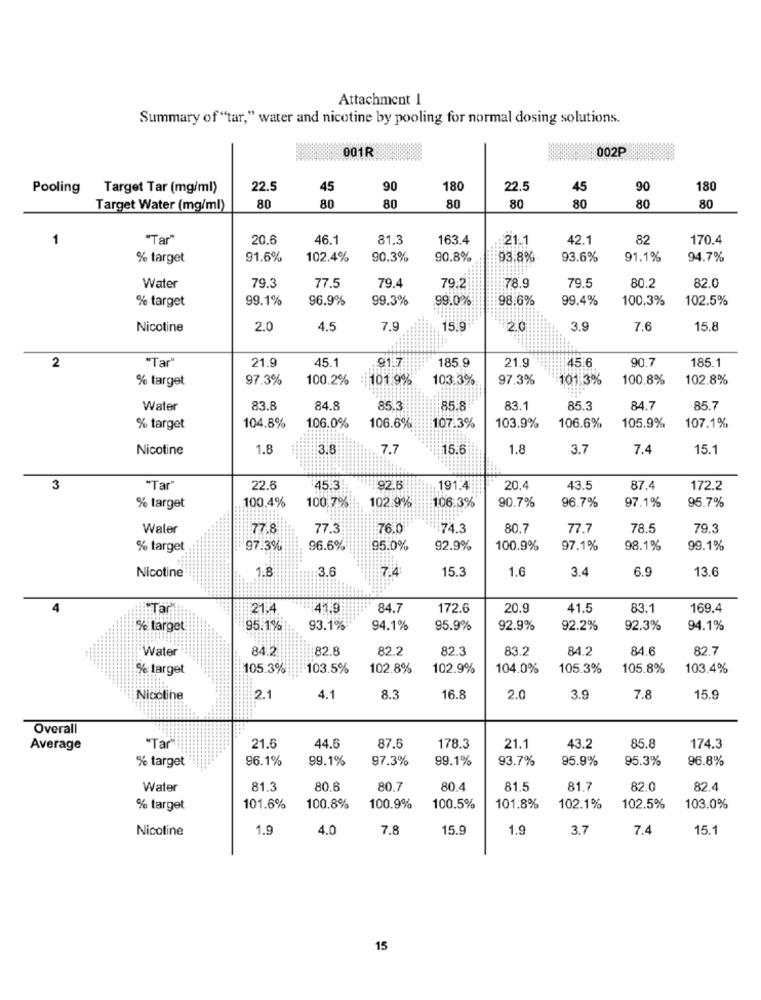
Attachment 1
Summary of "tar," water and nicotine by pooling for normal dosing solutions.
001R
002P
Pooling
Target Tar (mg/ml)
22.5
45
90
180
22.5
45
90
180
80
80
80
Target Water (mg/ml)
80
80
80
80
80
1
"Tar"
20.6
46.1
81.3
163.4
:21.1
42.1
82
170.4
% target
91.6%
102.4%
90.3%
90.8%
93.8%
93.6%
91.1%
94.7%
79.3
77.5
79.4
78.9
79.5
80.2
82.0
Water
79.2
% target
99.1%
96.9%
99.3%
99.0%
98.6%
99.4%
100.3%
102.5%
Nicotine
2.0
4.5
7.9
15.9
2.0
3.9
7.6
15.8
21.9
45.1
91.7
21.9
45.6
90.7
2
"Tar'
185.9
185.1
% target
97.3%
100.2%
101.9%
103.3%
97.3%
101.3%
100.8%
102.8%
Water
83.8
84.8
85k
85.8
83.1
85.3
84.7
85.7
106.6%
105.9%
107.1%
% target
104.8%
106.0%
106.6%
107.3%
103.9%
Nicotine
1.8
3.8
7.7
15.6
1.8
3.7
7.4
15.1
3
"Tar
22.6
45.31
92.5
191.4
20.4
43.5
87.4
172.2
100,4%
100,7%
102.9%
106.3%
90.7%
96.7%
97.1%
95.7%
% target
Waler
77.8
77.3
76.0
74.3
80.7
77.7
78.5
79.3
% target
97.3%
96.6%
95.0%
92.9%
100.9%
97.1%
98.1%
99.1%
1.8
3.6
74
15.3
1.6
3.4
6.9
13.6
Nicotine
"Tar
21.4
41.9
84.7
172.6
20.9
41.5
83.1
169.4
% target
95.1%
93.1%
94.1%
95.9%
92.9%
92.2%
92.3%
94.1%
Water
84.2
82.8
82.2
82.3
83.2
84.2
84.6
82.7
% target
105.3%
103.5%
102.8%
102.9%
104.0%
105.3%
105.8%
103.4%
Nicotine
2.1
4.1
8.3
16.8
2.0
3.9
7.8
15.9
Overall
44.6
87.6
85.8
Average
"Tar"
21.6
178.3
21.1
43.2
174.3
% target
96.1%
99.1%
97.3%
99.1%
93.7%
95.9%
95.3%
96.8%
Water
81.3
80.6
80.7
80.4
81.5
81.7
82.0
82.4
% target
101.6%
100.8%
100.9%
100.5%
101.8%
102.1%
102.5%
103.0%
Nicotine
1.9
4.0
7.8
15.9
1.9
3.7
7.4
15.1
15